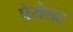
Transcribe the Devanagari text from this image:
पेरौलट